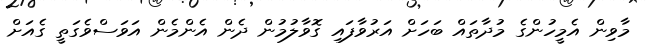
މާވިން އެމީހުންގެ މުދާތައް ބަހަށް އަރުވާފައި ގޮވާލުމުން ދެން އެންމެން އަވަސްވެގަތީ ގެއަށް